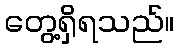
တွေ့ရှိရသည်။